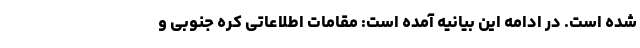
شده است. در ادامه این بیانیه آمده است: مقامات اطلاعاتی کره جنوبی و